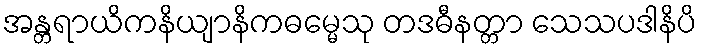
အန္တရာယိကနိယျာနိကဓမ္မေသု တဒဓီနတ္တာ သေသပဒါနိပိ